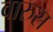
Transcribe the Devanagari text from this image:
वारुस